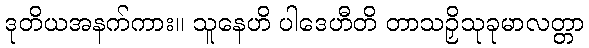
ဒုတိယအနက်ကား။ သူနေဟိ ပါဒေဟီတိ တာသဉှိသုခုမာလတ္တာ